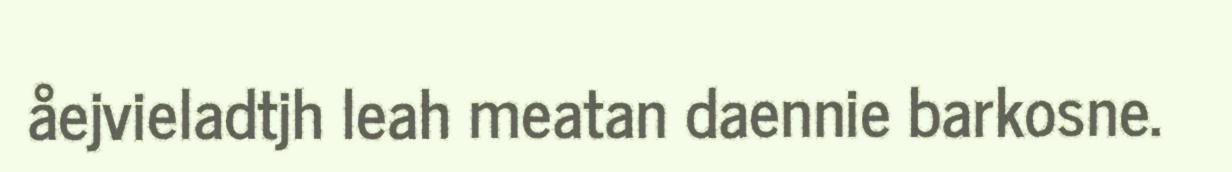
åejvieladtjh leah meatan daennie barkosne.